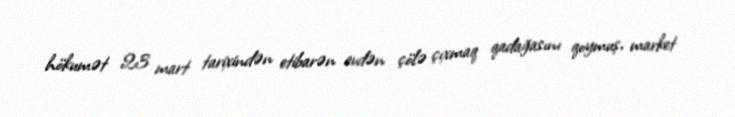
hökumət 23 mart tarixindən etibarən evdən çölə çıxmaq qadağasını qoymuş, market